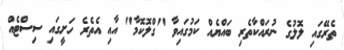
ތެރޭގައި ލޮލުގެ ނުރައްކާތެރި ބައްޔެއް ކަމުގައިވާ "ގްލޮކޮމާ" އާއި އެތެރެ ހަށީގައި ސިސްޓެއް